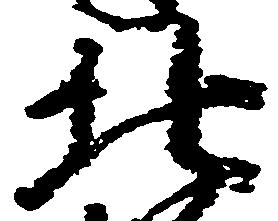
北